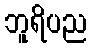
ဘူရိပည